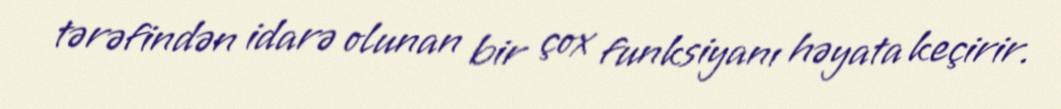
tərəfindən idarə olunan bir çox funksiyanı həyata keçirir.